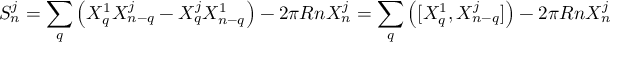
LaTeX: S _ { n } ^ { j } = \sum _ { q } \left( X _ { q } ^ { 1 } X _ { n - q } ^ { j } - X _ { q } ^ { j } X _ { n - q } ^ { 1 } \right) - 2 \pi R n X _ { n } ^ { j } = \sum _ { q } \left( [ X _ { q } ^ { 1 } , X _ { n - q } ^ { j } ] \right) - 2 \pi R n X _ { n } ^ { j }